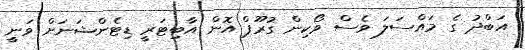
އަބްދު ގެ މައްސަލަ ވެސް ވޯކިން ގުރޫޕް އޮން އާބިޓަރީ ޑިޓެންޝަނަށް ވަނީ